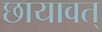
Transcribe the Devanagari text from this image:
छायावत्‌